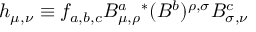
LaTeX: h _ { \mu , \nu } \equiv f _ { a , b , c } B _ { \mu , \rho } ^ { a } { ^ * } ( B ^ { b } ) ^ { \rho , \sigma } B _ { \sigma , \nu } ^ { c }